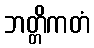
ဘတ္တိကတံ